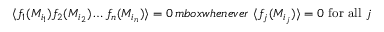
\langle f _ { 1 } ( M _ { i _ { 1 } } ) f _ { 2 } ( M _ { i _ { 2 } } ) \ldots f _ { n } ( M _ { i _ { n } } ) \rangle = 0 \, m b o x { w h e n e v e r } \ \langle f _ { j } ( M _ { i _ { j } } ) \rangle = 0 \ \mathrm { f o r ~ a l l } \ j